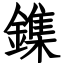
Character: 鏶